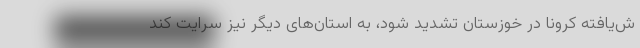
ش‌یافته کرونا در خوزستان تشدید شود، به استان‌های دیگر نیز سرایت کند